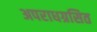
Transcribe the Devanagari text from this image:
अपराधग्रसित